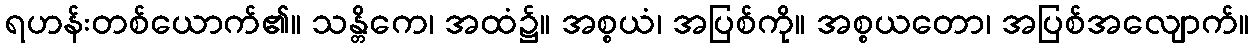
ရဟန်းတစ်ယောက်၏။ သန္တိကေ၊ အထံ၌။ အစ္စယံ၊ အပြစ်ကို။ အစ္စယတော၊ အပြစ်အလျောက်။